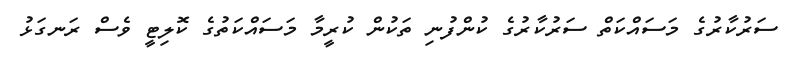
ސަރުކާރުގެ މަސައްކަތް ސަރުކާރުގެ ކުންފުނި ތަކުން ކުރީމާ މަސައްކަތުގެ ކޮލިޓީ ވެސް ރަނގަޅު